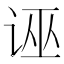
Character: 诬